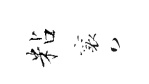
粘襄